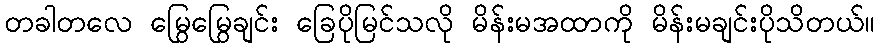
တခါတလေ မြွေမြွေချင်း ခြေပိုမြင်သလို မိန်းမအထာကို မိန်းမချင်းပိုသိတယ်။